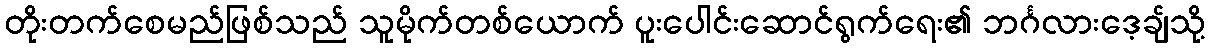
တိုးတက်စေမည်ဖြစ်သည် သူမိုက်တစ်ယောက် ပူးပေါင်းဆောင်ရွက်ရေး၏ ဘင်္ဂလားဒေ့ချ်သို့